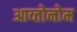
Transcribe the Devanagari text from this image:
आव्तोनोम